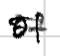
Text: of
Cross-out: double-line
Writing tool: digital_black